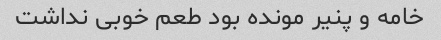
خامه و پنیر مونده بود طعم خوبی نداشت